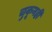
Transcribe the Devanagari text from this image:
चुकूनही